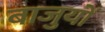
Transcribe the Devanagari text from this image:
बाजुयों